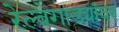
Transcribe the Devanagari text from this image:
रेल्वेगाड्यांवर